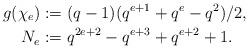
LaTeX: \begin{align*} g(\chi_e) & := (q-1)(q^{e+1}+q^e-q^2)/2 , \\ N_e & := q^{2e+2}-q^{e+3}+q^{e+2}+1.\end{align*}